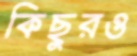
কিছুরও